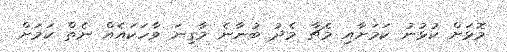
މޮޅަށް ކުޅުނު ކަމަށާއި މެޗާ މެދު ބުނާނެ މާގިނަ ވާހަކައެއް ނެތް ކަމަށް